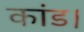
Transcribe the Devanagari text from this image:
कांड।